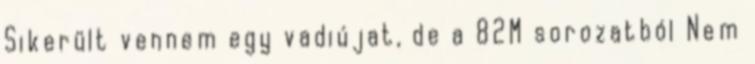
Sikerült vennem egy vadiújat, de a 82M sorozatból Nem